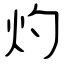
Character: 灼